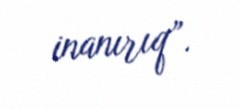
inanırıq”.